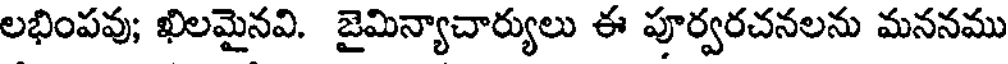
లభింపవు; ఖిలమైనవి. జైమిన్యాచార్యులు ఈ పూర్వరచనలను మననము